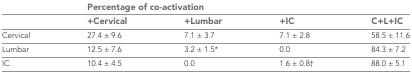
<table><thead><tr><td></td><td colspan="4"><b>Percentage of co-activation</b></td></tr><tr><td></td><td><b>+Cervical</b></td><td><b>+Lumbar</b></td><td><b>+IC</b></td><td><b>C+L+IC</b></td></tr></thead><tbody><tr><td>Cervical</td><td>27.4 ± 9.6</td><td>7.1 ± 3.7</td><td>7.1 ± 2.8</td><td>58.5 ± 11.6</td></tr><tr><td>Lumbar</td><td>12.5 ± 7.6</td><td>3.2 ± 1.5*</td><td>0.0</td><td>84.3 ± 7.2</td></tr><tr><td>IC</td><td>10.4 ± 4.5</td><td>0.0</td><td>1.6 ± 0.8†</td><td>88.0 ± 5.1</td></tr></tbody></table>